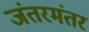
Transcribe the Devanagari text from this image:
जंतरमंतर